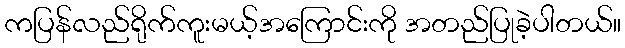
ကပြန်လည်ရိုက်ကူးမယ့်အကြောင်းကို အတည်ပြုခဲ့ပါတယ်။